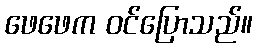
ဖေဖေက ဝင်ပြောသည်။